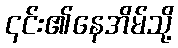
၎င်း၏နေအိမ်သို့